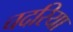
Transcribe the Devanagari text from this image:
चदरिया